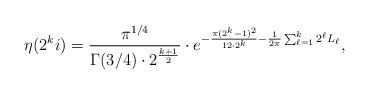
LaTeX: \begin{align*}\eta(2^k i)=\dfrac{\pi^{1/4}}{\Gamma(3/4)\cdot 2^{\frac{k+1}{2}}}\cdot e^{-\frac{\pi(2^{k}-1)^2}{12\cdot 2^k}-\frac{1}{2\pi}\sum_{\ell=1}^k 2^\ell L_\ell}, \end{align*}